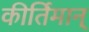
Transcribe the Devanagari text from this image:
कीर्तिमान्